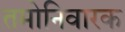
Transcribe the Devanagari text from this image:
तमोनिवारक